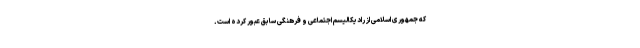
که جمهوری اسلامی از رادیکالیسم اجتماعی و فرهنگی سابق عبور کرده است.